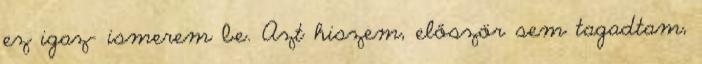
ez igaz- ismerem be. Azt hiszem, először sem tagadtam,